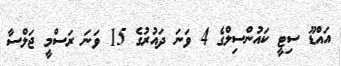
އައްޑޫ ސިޓީ ކައުންސިލްގެ 4 ވަނަ ދައުރުގެ 15 ވަނަ ރަަސްމީ ޖަލްސާ